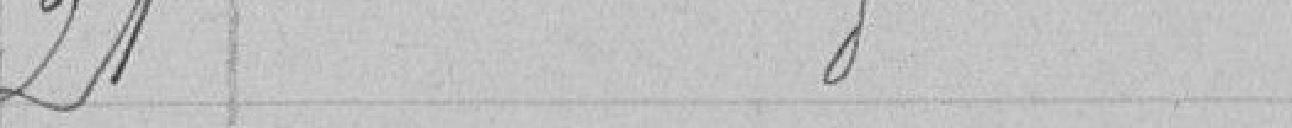
21 - Idem